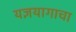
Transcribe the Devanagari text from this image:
यज्ञयागाचा